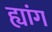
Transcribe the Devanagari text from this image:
ह्यांग